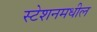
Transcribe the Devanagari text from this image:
स्टेशनमधील